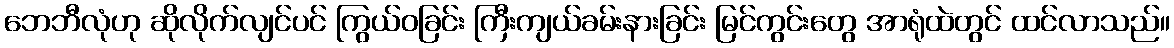
ဘေဘီလုံဟု ဆိုလိုက်လျင်ပင် ကြွယ်ဝခြင်း ကြီးကျယ်ခမ်းနားခြင်း မြင်ကွင်းတွေ အာရုံထဲတွင် ထင်လာသည်။